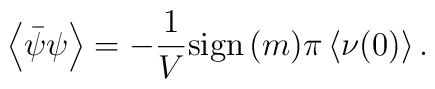
\left<\bar\psi\psi\right>=-\frac{1}{V}{\rm sign}{\,}(m)\pi\left<\nu(0)\right>.